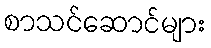
စာသင်ဆောင်များ